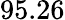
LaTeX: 95.26